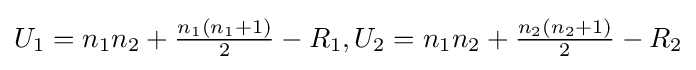
U_{1}=n_{1}n_{2}+{\tfrac {n_{1}(n_{1}+1)}{2}}-R_{1},U_{2}=n_{1}n_{2}+{\tfrac {n_{2}(n_{2}+1)}{2}}-R_{2}